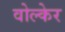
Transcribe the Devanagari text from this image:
वोल्केर